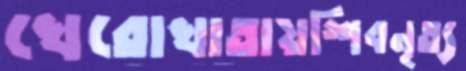
খেরোখাতায়শিবনৃত্য